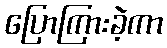
ပြောကြားခဲ့ကာ